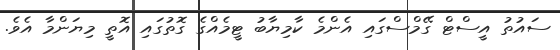
ސައުތު އީސްޓް ގޭމްސްގައި އެންމެ ކާމިޔާބު ޓީމެއްގެ ގޮތުގައި އޮތީ މިޔަންމާ އެވެ.